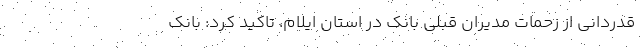
قدردانی از زحمات مدیران قبلی بانک در استان ایلام، تاکید کرد: بانک